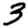
Digit: 3